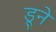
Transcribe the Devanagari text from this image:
डूने